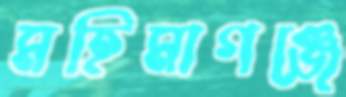
মহিমাগঞ্জে